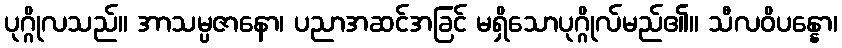
ပုဂ္ဂိုလသည်။ အာသမ္ပဇာနော၊ ပညာအဆင်အခြင် မရှိသောပုဂ္ဂိုလ်မည်၏။ သီလဝိပန္နော၊